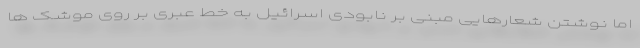
اما نوشتن شعارهایی مبنی بر نابودی اسرائیل به خط عبری بر روی موشک ها